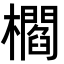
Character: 櫩